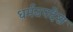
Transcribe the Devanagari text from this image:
धर्मउपदेश